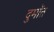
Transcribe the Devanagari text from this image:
दुमॉत